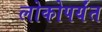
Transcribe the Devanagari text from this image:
लोकोपर्यंत